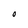
Character: O